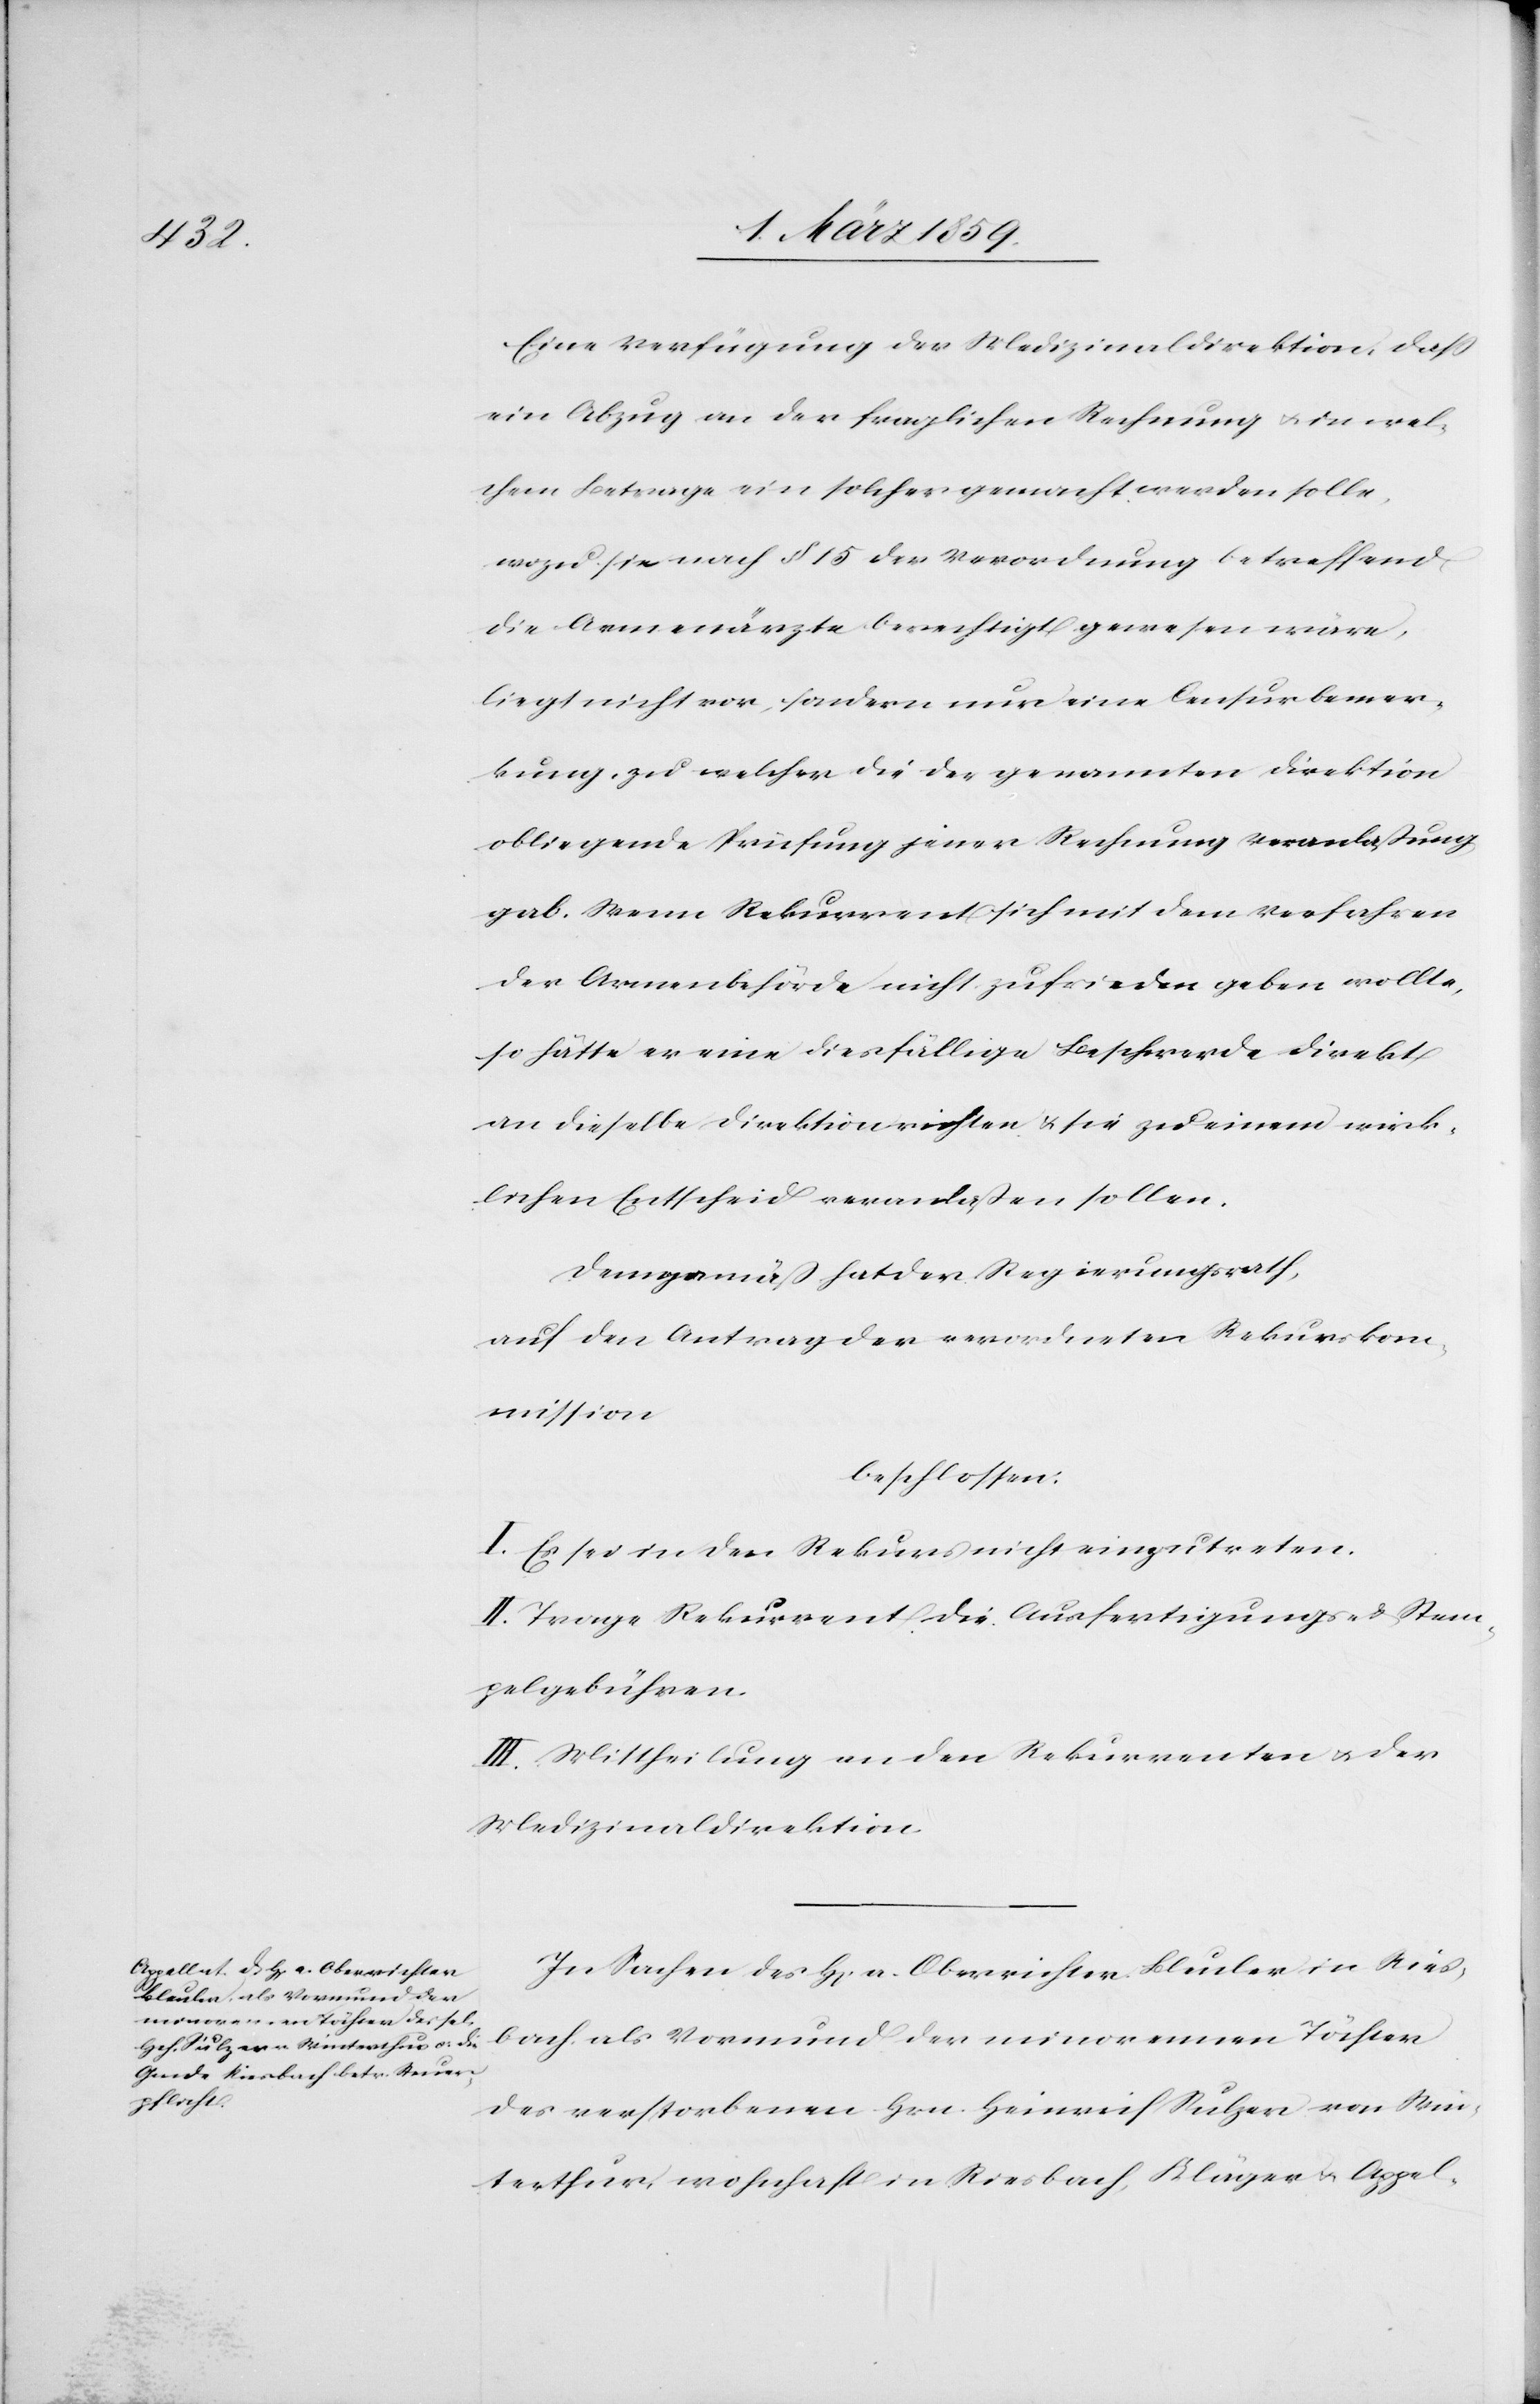
Eine Verfügung der Medizinaldirektion, daß
ein Abzug an der fraglichen Rechnung u. in wel¬
chem Betrage ein solches gemacht werden solle,
wozu sie nach § 15 der Verordnung betreffend
die Armenärzte berechtigt gewesen wäre,
liegt nicht vor, sondern nur eine Censurbemer¬
kung, zu welcher die der genannten Direktion
obliegende Prüfung jener Rechnung Veranlaßung
gab. Wenn Rekurrent sich mit dem Verfahren
der Armenbehörde nicht zufrieden geben wollte,
so hätte er eine diesfällige Beschwerde direkt
an dieselbe Direktion richten & sie zu einem wirk¬
lichen Entscheid veranlaßen sollen.
Demgemäß hat der Regierungsrath,
auf den Antrag der verordneten Rekurskom¬
mission
beschlossen:
I. Es sei in den Rekurs nicht einzutreten.
II. Trage Rekurrent die Ausfertigungs- & Stem¬
pelgebühren.
III. Mittheilung an den Rekurrenten u. der
Medizinaldirektion.
In Sachen des H[errn] a. Oberrichter Bleuler in Ries¬
bach als Vormund der minorennen Töchter
des verstorbenen Hrn. Heinrich Sulzer von Win¬
terthur, wohnhaft in Riesbach, Kläger u. Appel-